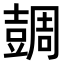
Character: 𧯼